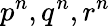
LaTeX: p^{n},q^{n},r^{n}